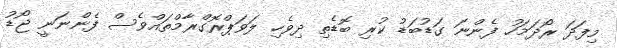
މިފަދަ ރޯދަމަހު ފެންނަ ގަޑުބަޑު ކުރި ބޮޑެތި ދިވެހި ލަވަޕްރޮގްރާމްތައްވެސް ފެންނަނީ ޖޯޑު